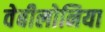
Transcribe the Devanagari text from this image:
वेबीलोनिया